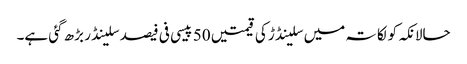
حالانکہ کولکاتہ میں سلینڈڑ کی قیمتیں 50 پیسی فی فیصد سلینڈر بڑھ گئی ہے۔